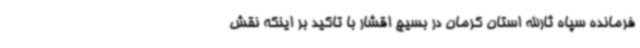
فرمانده سپاه ثارالله استان کرمان در بسیج اقشار با تاکید بر اینکه نقش